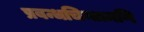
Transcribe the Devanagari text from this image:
प्रबन्धचिन्तामणि